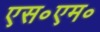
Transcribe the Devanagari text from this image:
एस॰एम॰